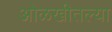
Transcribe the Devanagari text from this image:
ओळखीतल्या